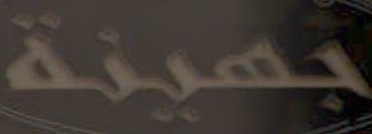
جهينة